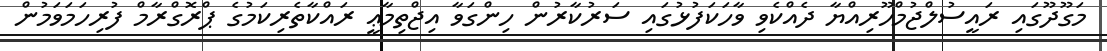
މަގޫދޫގައި ރައީސުލްޖުމްހޫރިއްޔާ ދެއްކެވި ވާހަކަފުޅުގައި ސަރުކާރުން ހިންގަވާ އިޖްތިމާޢީ ރައްކާތެރިކަމުގެ ޕްރޮގްރާމް ފުރިހަމަވަމުން